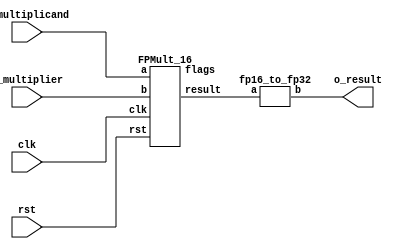
`define BFLOAT16 
`define EXPONENT 8
`define MANTISSA 7
`define EXPONENT 5
`define MANTISSA 10
`define SIGN 1
`define DWIDTH (`SIGN+`EXPONENT+`MANTISSA)
`define AWIDTH 8
`define MEM_SIZE 256
`define MAT_MUL_SIZE 20
`define MASK_WIDTH 20
`define LOG2_MAT_MUL_SIZE 4 
`define BB_MAT_MUL_SIZE `MAT_MUL_SIZE
`define NUM_CYCLES_IN_MAC 3
`define MEM_ACCESS_LATENCY 1
`define ADDR_STRIDE_WIDTH 8

module qmult(clk,rst,i_multiplicand,i_multiplier,o_result);
input clk;
input rst;
input [`DWIDTH-1:0] i_multiplicand;
input [`DWIDTH-1:0] i_multiplier;
output [2*`DWIDTH-1:0] o_result;

wire fpmult_16_clk_NC;
wire fpmult_16_rst_NC;
wire [15:0] fpmult_16_result;
wire [4:0] fpmult_16_flags;

FPMult_16 u_fpmult_16(
   .clk(clk),
   .rst(rst),
   .a(i_multiplicand[15:0]),
   .b(i_multiplier[15:0]),
   .result(fpmult_16_result),
   .flags(fpmult_16_flags)
 );

//Convert fp16 to fp32
fp16_to_fp32 u_16to32 (.a(fpmult_16_result), .b(o_result));

endmodule
module fp16_to_fp32 (input [15:0] a , output [31:0] b);

reg [31:0]b_temp;
reg [3:0] j;
reg [3:0] k;
reg [3:0] k_temp;
always @ (*) begin

if ( a [14: 0] == 15'b0 ) begin //signed zero
	b_temp [31] = a[15]; //sign bit
	b_temp[30:0] = 31'b0;
end

else begin

	if ( a[14 : 10] == 5'b0 ) begin //denormalized (covert to normalized)
		
		for (j=0; j<=9; j=j+1) begin
			if (a[j] == 1'b1) begin 
			    k_temp = j;	
			end
		end
	k = 9 - k_temp;

	b_temp [22:0] = ( (a [9:0] << (k+1'b1)) & 10'h3FF ) << 13;
	b_temp [30:23] =  7'd127 - 4'd15 - k;
	b_temp [31] = a[15];
	end

	else if ( a[14 : 10] == 5'b11111 ) begin //Infinity/ NAN
	b_temp [22:0] = a [9:0] << 13;
	b_temp [30:23] = 8'hFF;
	b_temp [31] = a[15];
	end

	else begin //Normalized Number
	b_temp [22:0] = a [9:0] << 13;
	b_temp [30:23] =  7'd127 - 4'd15 + a[14:10];
	b_temp [31] = a[15];
	end
end
end

assign b = b_temp;


endmodule
module FPMult_16(
		clk,
		rst,
		a,
		b,
		result,
		flags
    );
	
	// Input Ports
	input clk ;							// Clock
	input rst ;							// Reset signal
	input [`DWIDTH-1:0] a;						// Input A, a 32-bit floating point number
	input [`DWIDTH-1:0] b;						// Input B, a 32-bit floating point number
	
	// Output ports
	output [`DWIDTH-1:0] result ;					// Product, result of the operation, 32-bit FP number
	output [4:0] flags ;						// Flags indicating exceptions according to IEEE754
	
	// Internal signals
	wire [`DWIDTH-1:0] Z_int ;					// Product, result of the operation, 32-bit FP number
	wire [4:0] Flags_int ;						// Flags indicating exceptions according to IEEE754
	
	wire Sa ;							// A's sign
	wire Sb ;							// B's sign
	wire Sp ;							// Product sign
	wire [`EXPONENT-1:0] Ea ;					// A's exponent
	wire [`EXPONENT-1:0] Eb ;					// B's exponent
	wire [2*`MANTISSA+1:0] Mp ;					// Product mantissa
	wire [4:0] InputExc ;						// Exceptions in inputs
	wire [`MANTISSA-1:0] NormM ;					// Normalized mantissa
	wire [`EXPONENT:0] NormE ;					// Normalized exponent
	wire [`MANTISSA:0] RoundM ;					// Normalized mantissa
	wire [`EXPONENT:0] RoundE ;					// Normalized exponent
	wire [`MANTISSA:0] RoundMP ;					// Normalized mantissa
	wire [`EXPONENT:0] RoundEP ;					// Normalized exponent
	wire GRS ;

	//reg [63:0] pipe_0;						// Pipeline register Input->Prep
	reg [2*`DWIDTH-1:0] pipe_0;					// Pipeline register Input->Prep

	//reg [92:0] pipe_1;						// Pipeline register Prep->Execute
	//reg [3*`MANTISSA+2*`EXPONENT+7:0] pipe_1;			// Pipeline register Prep->Execute
	reg [3*`MANTISSA+2*`EXPONENT+18:0] pipe_1;

	//reg [38:0] pipe_2;						// Pipeline register Execute->Normalize
	reg [`MANTISSA+`EXPONENT+7:0] pipe_2;				// Pipeline register Execute->Normalize
	
	//reg [72:0] pipe_3;						// Pipeline register Normalize->Round
	reg [2*`MANTISSA+2*`EXPONENT+10:0] pipe_3;			// Pipeline register Normalize->Round

	//reg [36:0] pipe_4;						// Pipeline register Round->Output
	reg [`DWIDTH+4:0] pipe_4;					// Pipeline register Round->Output
	
	assign result = pipe_4[`DWIDTH+4:5] ;
	assign flags = pipe_4[4:0] ;
	
	// Prepare the operands for alignment and check for exceptions
	FPMult_PrepModule PrepModule(clk, rst, pipe_0[2*`DWIDTH-1:`DWIDTH], pipe_0[`DWIDTH-1:0], Sa, Sb, Ea[`EXPONENT-1:0], Eb[`EXPONENT-1:0], Mp[2*`MANTISSA+1:0], InputExc[4:0]) ;

	// Perform (unsigned) mantissa multiplication
	FPMult_ExecuteModule ExecuteModule(pipe_1[3*`MANTISSA+`EXPONENT*2+7:2*`MANTISSA+2*`EXPONENT+8], pipe_1[2*`MANTISSA+2*`EXPONENT+7:2*`MANTISSA+7], pipe_1[2*`MANTISSA+6:5], pipe_1[2*`MANTISSA+2*`EXPONENT+6:2*`MANTISSA+`EXPONENT+7], pipe_1[2*`MANTISSA+`EXPONENT+6:2*`MANTISSA+7], pipe_1[2*`MANTISSA+2*`EXPONENT+8], pipe_1[2*`MANTISSA+2*`EXPONENT+7], Sp, NormE[`EXPONENT:0], NormM[`MANTISSA-1:0], GRS) ;

	// Round result and if necessary, perform a second (post-rounding) normalization step
	FPMult_NormalizeModule NormalizeModule(pipe_2[`MANTISSA-1:0], pipe_2[`MANTISSA+`EXPONENT:`MANTISSA], RoundE[`EXPONENT:0], RoundEP[`EXPONENT:0], RoundM[`MANTISSA:0], RoundMP[`MANTISSA:0]) ;		

	// Round result and if necessary, perform a second (post-rounding) normalization step
	//FPMult_RoundModule RoundModule(pipe_3[47:24], pipe_3[23:0], pipe_3[65:57], pipe_3[56:48], pipe_3[66], pipe_3[67], pipe_3[72:68], Z_int[31:0], Flags_int[4:0]) ;		
	FPMult_RoundModule RoundModule(pipe_3[2*`MANTISSA+1:`MANTISSA+1], pipe_3[`MANTISSA:0], pipe_3[2*`MANTISSA+2*`EXPONENT+3:2*`MANTISSA+`EXPONENT+3], pipe_3[2*`MANTISSA+`EXPONENT+2:2*`MANTISSA+2], pipe_3[2*`MANTISSA+2*`EXPONENT+4], pipe_3[2*`MANTISSA+2*`EXPONENT+5], pipe_3[2*`MANTISSA+2*`EXPONENT+10:2*`MANTISSA+2*`EXPONENT+6], Z_int[`DWIDTH-1:0], Flags_int[4:0]) ;		

//adding always@ (*) instead of posedge clock to make design combinational
	always @ (posedge clk) begin	
		if(rst) begin
			pipe_0 <= 0;
			pipe_1 <= 0;
			pipe_2 <= 0; 
			pipe_3 <= 0;
			pipe_4 <= 0;
		end 
		else begin		
			/* PIPE 0
				[2*`DWIDTH-1:`DWIDTH] A
				[`DWIDTH-1:0] B
			*/
                       pipe_0 <= {a, b} ;


			/* PIPE 1
				[2*`EXPONENT+3*`MANTISSA + 18: 2*`EXPONENT+2*`MANTISSA + 18] //pipe_0[`DWIDTH+`MANTISSA-1:`DWIDTH] , mantissa of A
				[2*`EXPONENT+2*`MANTISSA + 17 :2*`EXPONENT+2*`MANTISSA + 9] // pipe_0[8:0]
				[2*`EXPONENT+2*`MANTISSA + 8] Sa
				[2*`EXPONENT+2*`MANTISSA + 7] Sb
				[2*`EXPONENT+2*`MANTISSA + 6:`EXPONENT+2*`MANTISSA+7] Ea
				[`EXPONENT +2*`MANTISSA+6:2*`MANTISSA+7] Eb
				[2*`MANTISSA+1+5:5] Mp
				[4:0] InputExc
			*/
			//pipe_1 <= {pipe_0[`DWIDTH+`MANTISSA-1:`DWIDTH], pipe_0[`MANTISSA_MUL_SPLIT_LSB-1:0], Sa, Sb, Ea[`EXPONENT-1:0], Eb[`EXPONENT-1:0], Mp[2*`MANTISSA-1:0], InputExc[4:0]} ;
			pipe_1 <= {pipe_0[`DWIDTH+`MANTISSA-1:`DWIDTH], pipe_0[8:0], Sa, Sb, Ea[`EXPONENT-1:0], Eb[`EXPONENT-1:0], Mp[2*`MANTISSA+1:0], InputExc[4:0]} ;
			
			/* PIPE 2
				[`EXPONENT + `MANTISSA + 7:`EXPONENT + `MANTISSA + 3] InputExc
				[`EXPONENT + `MANTISSA + 2] GRS
				[`EXPONENT + `MANTISSA + 1] Sp
				[`EXPONENT + `MANTISSA:`MANTISSA] NormE
				[`MANTISSA-1:0] NormM
			*/
			pipe_2 <= {pipe_1[4:0], GRS, Sp, NormE[`EXPONENT:0], NormM[`MANTISSA-1:0]} ;
			/* PIPE 3
				[2*`EXPONENT+2*`MANTISSA+10:2*`EXPONENT+2*`MANTISSA+6] InputExc
				[2*`EXPONENT+2*`MANTISSA+5] GRS
				[2*`EXPONENT+2*`MANTISSA+4] Sp	
				[2*`EXPONENT+2*`MANTISSA+3:`EXPONENT+2*`MANTISSA+3] RoundE
				[`EXPONENT+2*`MANTISSA+2:2*`MANTISSA+2] RoundEP
				[2*`MANTISSA+1:`MANTISSA+1] RoundM
				[`MANTISSA:0] RoundMP
			*/
			pipe_3 <= {pipe_2[`EXPONENT+`MANTISSA+7:`EXPONENT+`MANTISSA+1], RoundE[`EXPONENT:0], RoundEP[`EXPONENT:0], RoundM[`MANTISSA:0], RoundMP[`MANTISSA:0]} ;
			/* PIPE 4
				[`DWIDTH+4:5] Z
				[4:0] Flags
			*/				
			pipe_4 <= {Z_int[`DWIDTH-1:0], Flags_int[4:0]} ;
		end
	end
		
endmodule
module FPMult_RoundModule(
		RoundM,
		RoundMP,
		RoundE,
		RoundEP,
		Sp,
		GRS,
		InputExc,
		Z,
		Flags
    );

	// Input Ports
	input [`MANTISSA:0] RoundM ;									// Normalized mantissa
	input [`MANTISSA:0] RoundMP ;									// Normalized exponent
	input [`EXPONENT:0] RoundE ;									// Normalized mantissa + 1
	input [`EXPONENT:0] RoundEP ;									// Normalized exponent + 1
	input Sp ;												// Product sign
	input GRS ;
	input [4:0] InputExc ;
	
	// Output Ports
	output [`DWIDTH-1:0] Z ;										// Final product
	output [4:0] Flags ;
	
	// Internal Signals
	wire [`EXPONENT:0] FinalE ;									// Rounded exponent
	wire [`MANTISSA:0] FinalM;
	wire [`MANTISSA:0] PreShiftM;
	
	assign PreShiftM = GRS ? RoundMP : RoundM ;	// Round up if R and (G or S)
	
	// Post rounding normalization (potential one bit shift> use shifted mantissa if there is overflow)
	assign FinalM = (PreShiftM[`MANTISSA] ? {1'b0, PreShiftM[`MANTISSA:1]} : PreShiftM[`MANTISSA:0]) ;
	
	assign FinalE = (PreShiftM[`MANTISSA] ? RoundEP : RoundE) ; // Increment exponent if a shift was done
	
	assign Z = {Sp, FinalE[`EXPONENT-1:0], FinalM[`MANTISSA-1:0]} ;   // Putting the pieces together
	assign Flags = InputExc[4:0];

endmodule
module FPMult_NormalizeModule(
		NormM,
		NormE,
		RoundE,
		RoundEP,
		RoundM,
		RoundMP
    );

	// Input Ports
	input [`MANTISSA-1:0] NormM ;									// Normalized mantissa
	input [`EXPONENT:0] NormE ;									// Normalized exponent

	// Output Ports
	output [`EXPONENT:0] RoundE ;
	output [`EXPONENT:0] RoundEP ;
	output [`MANTISSA:0] RoundM ;
	output [`MANTISSA:0] RoundMP ; 
	
// EXPONENT = 5 
// EXPONENT -1 = 4
// NEED to subtract 2^4 -1 = 15

wire [`EXPONENT-1 : 0] bias;

assign bias =  ((1<< (`EXPONENT -1)) -1);

	assign RoundE = NormE - bias ;
	assign RoundEP = NormE - bias -1 ;
	assign RoundM = NormM ;
	assign RoundMP = NormM ;

endmodule
module FPMult_ExecuteModule(
		a,
		b,
		MpC,
		Ea,
		Eb,
		Sa,
		Sb,
		Sp,
		NormE,
		NormM,
		GRS
    );

	// Input ports
	input [`MANTISSA-1:0] a ;
	input [2*`EXPONENT:0] b ;
	input [2*`MANTISSA+1:0] MpC ;
	input [`EXPONENT-1:0] Ea ;						// A's exponent
	input [`EXPONENT-1:0] Eb ;						// B's exponent
	input Sa ;								// A's sign
	input Sb ;								// B's sign
	
	// Output ports
	output Sp ;								// Product sign
	output [`EXPONENT:0] NormE ;													// Normalized exponent
	output [`MANTISSA-1:0] NormM ;												// Normalized mantissa
	output GRS ;
	
	wire [2*`MANTISSA+1:0] Mp ;
	
	assign Sp = (Sa ^ Sb) ;												// Equal signs give a positive product
	
   // wire [`ACTUAL_MANTISSA-1:0] inp_a;
   // wire [`ACTUAL_MANTISSA-1:0] inp_b;
   // assign inp_a = {1'b1, a};
   // assign inp_b = {{(`MANTISSA-`MANTISSA_MUL_SPLIT_LSB){1'b0}}, 1'b0, b};
   // DW02_mult #(`ACTUAL_MANTISSA,`ACTUAL_MANTISSA) u_mult(.A(inp_a), .B(inp_b), .TC(1'b0), .PRODUCT(Mp_temp));
   // DW01_add #(2*`ACTUAL_MANTISSA) u_add(.A(Mp_temp), .B(MpC<<`MANTISSA_MUL_SPLIT_LSB), .CI(1'b0), .SUM(Mp), .CO());

	//assign Mp = (MpC<<(2*`EXPONENT+1)) + ({4'b0001, a[`MANTISSA-1:0]}*{1'b0, b[2*`EXPONENT:0]}) ;
	assign Mp = MpC;


	assign NormM = (Mp[2*`MANTISSA+1] ? Mp[2*`MANTISSA:`MANTISSA+1] : Mp[2*`MANTISSA-1:`MANTISSA]); 	// Check for overflow
	assign NormE = (Ea + Eb + Mp[2*`MANTISSA+1]);								// If so, increment exponent
	
	assign GRS = ((Mp[`MANTISSA]&(Mp[`MANTISSA+1]))|(|Mp[`MANTISSA-1:0])) ;
	
endmodule
module FPMult_PrepModule (
		clk,
		rst,
		a,
		b,
		Sa,
		Sb,
		Ea,
		Eb,
		Mp,
		InputExc
	);
	
	// Input ports
	input clk ;
	input rst ;
	input [`DWIDTH-1:0] a ;								// Input A, a 32-bit floating point number
	input [`DWIDTH-1:0] b ;								// Input B, a 32-bit floating point number
	
	// Output ports
	output Sa ;										// A's sign
	output Sb ;										// B's sign
	output [`EXPONENT-1:0] Ea ;								// A's exponent
	output [`EXPONENT-1:0] Eb ;								// B's exponent
	output [2*`MANTISSA+1:0] Mp ;							// Mantissa product
	output [4:0] InputExc ;						// Input numbers are exceptions
	
	// Internal signals							// If signal is high...
	wire ANaN ;										// A is a signalling NaN
	wire BNaN ;										// B is a signalling NaN
	wire AInf ;										// A is infinity
	wire BInf ;										// B is infinity
    wire [`MANTISSA-1:0] Ma;
    wire [`MANTISSA-1:0] Mb;
	
	assign ANaN = &(a[`DWIDTH-2:`MANTISSA]) &  |(a[`DWIDTH-2:`MANTISSA]) ;			// All one exponent and not all zero mantissa - NaN
	assign BNaN = &(b[`DWIDTH-2:`MANTISSA]) &  |(b[`MANTISSA-1:0]);			// All one exponent and not all zero mantissa - NaN
	assign AInf = &(a[`DWIDTH-2:`MANTISSA]) & ~|(a[`DWIDTH-2:`MANTISSA]) ;		// All one exponent and all zero mantissa - Infinity
	assign BInf = &(b[`DWIDTH-2:`MANTISSA]) & ~|(b[`DWIDTH-2:`MANTISSA]) ;		// All one exponent and all zero mantissa - Infinity
	
	// Check for any exceptions and put all flags into exception vector
	assign InputExc = {(ANaN | BNaN | AInf | BInf), ANaN, BNaN, AInf, BInf} ;
	//assign InputExc = {(ANaN | ANaN | BNaN |BNaN), ANaN, ANaN, BNaN,BNaN} ;
	
	// Take input numbers apart
	assign Sa = a[`DWIDTH-1] ;							// A's sign
	assign Sb = b[`DWIDTH-1] ;							// B's sign
	assign Ea = a[`DWIDTH-2:`MANTISSA];						// Store A's exponent in Ea, unless A is an exception
	assign Eb = b[`DWIDTH-2:`MANTISSA];						// Store B's exponent in Eb, unless B is an exception	
//    assign Ma = a[`MANTISSA_MSB:`MANTISSA_LSB];
  //  assign Mb = b[`MANTISSA_MSB:`MANTISSA_LSB];
	


	//assign Mp = ({4'b0001, a[`MANTISSA-1:0]}*{4'b0001, b[`MANTISSA-1:9]}) ;
	assign Mp = ({1'b1,a[`MANTISSA-1:0]}*{1'b1, b[`MANTISSA-1:0]}) ;

	
    //We multiply part of the mantissa here
    //Full mantissa of A
    //Bits MANTISSA_MUL_SPLIT_MSB:MANTISSA_MUL_SPLIT_LSB of B
   // wire [`ACTUAL_MANTISSA-1:0] inp_A;
   // wire [`ACTUAL_MANTISSA-1:0] inp_B;
   // assign inp_A = {1'b1, Ma};
   // assign inp_B = {{(`MANTISSA-(`MANTISSA_MUL_SPLIT_MSB-`MANTISSA_MUL_SPLIT_LSB+1)){1'b0}}, 1'b1, Mb[`MANTISSA_MUL_SPLIT_MSB:`MANTISSA_MUL_SPLIT_LSB]};
   // DW02_mult #(`ACTUAL_MANTISSA,`ACTUAL_MANTISSA) u_mult(.A(inp_A), .B(inp_B), .TC(1'b0), .PRODUCT(Mp));
endmodule